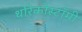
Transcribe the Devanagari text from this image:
थोरेकोस्टॉमी